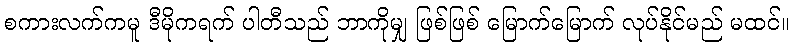
စကားလက်ကမူ ဒီမိုကရက် ပါတီသည် ဘာကိုမျှ ဖြစ်ဖြစ် မြောက်မြောက် လုပ်နိုင်မည် မထင်။